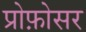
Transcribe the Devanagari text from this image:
प्रोफ़ोसर